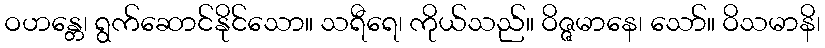
ဝဟန္တေ၊ ရွက်ဆောင်နိုင်သော။ သရီရေ၊ ကိုယ်သည်။ ဝိဇ္ဇမာနေ၊ သော်။ ဝိသမာနိ၊